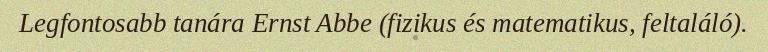
Legfontosabb tanára Ernst Abbe (fizikus és matematikus, feltaláló).